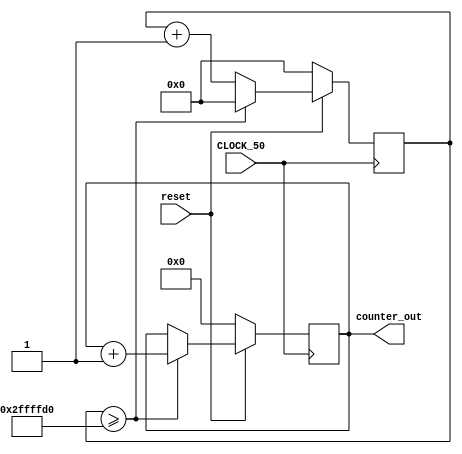

/*
	Board model is EP4CE22F17C6N
	Pins are set as follow.
	
	CLOCK_50				clock_pin(R8)
	counter_out[7]		led_pin(L3)
	counter_out[6]		led_pin(B1)
	counter_out[5]		led_pin(F3)
	counter_out[4]		led_pin(D1)
	counter_out[3]		led_pin(A11)
	counter_out[2]		led_pin(B13)
	counter_out[1]		led_pin(A13)
	counter_out[0]		led_pin(A15)
	reset					button(E1)
*/

module my_counter(
	input reset,
	input CLOCK_50,
	output [7:0] counter_out
);

	reg [7:0] counter;
	reg [27:0] clk_counter;
	
	always @ (posedge CLOCK_50)
	begin
		if(!reset)		//reset button is basically 1.
			begin
			counter <= 8'b00000000;
			clk_counter <= 28'd0;
			end
		else
			begin
			clk_counter <= clk_counter + 1;
			if(clk_counter >= 20'hfffff * 48)	//This value was modified because of delay
				begin
				counter <= counter + 1;
				clk_counter <= 28'd0;
				end
			end
			
	end
	
	assign counter_out = counter;

endmodule